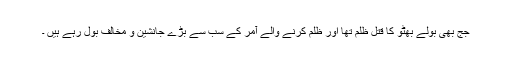
جج بھی بولے بھٹو کا قتل ظلم تھا اور ظلم کرنے والے آمر کے سب سے بڑے جانشین و مخالف بول رہے ہیں ۔